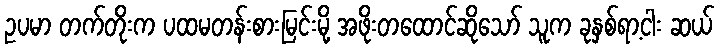
ဥပမာ တက်တိုးက ပထမတန်းစားမြင်းမို့ အဖိုးတထောင်ဆိုသော် သူက ခုနှစ်ရာ့ငါး ဆယ်